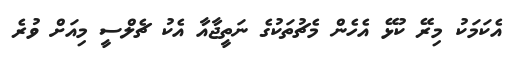
އެކަމަކު މިރޭ ކުޅޭ އެހެން މެޗުތަކުގެ ނަތީޖާއާ އެކު ޗެލްސީ މިއަށް ވުރެ